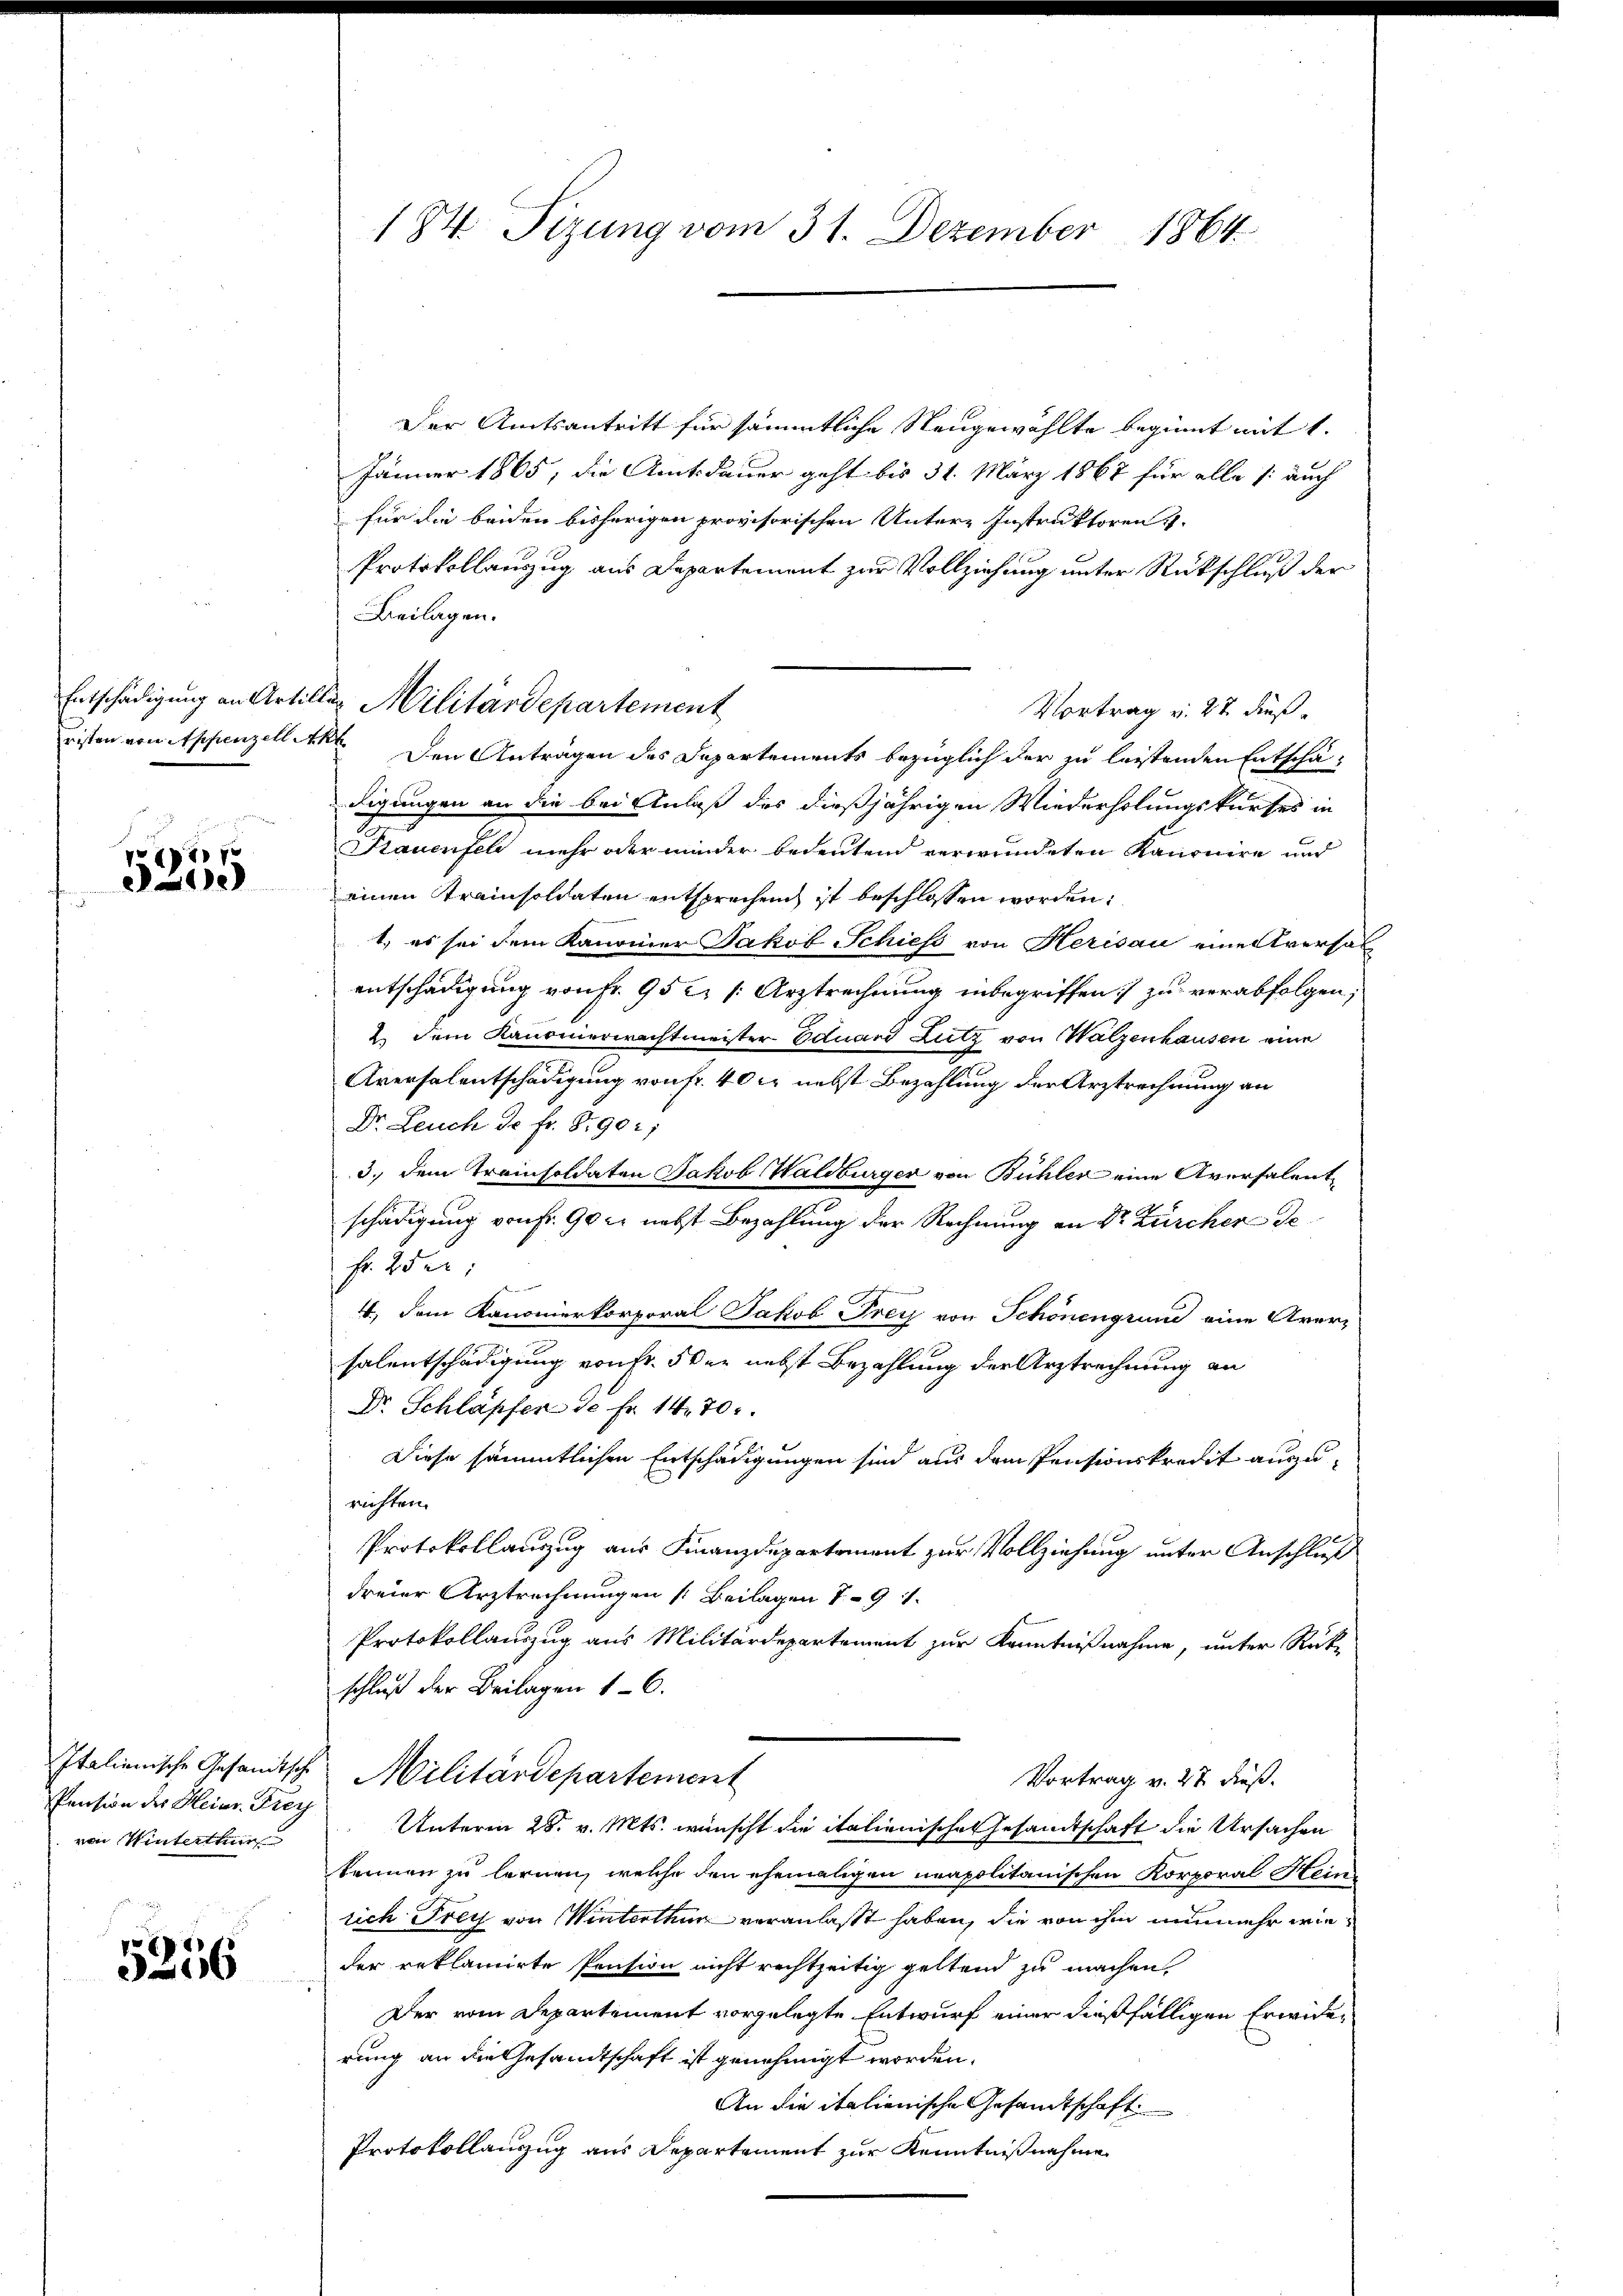
risten von Appenzell Akt

1771 7
2112)

Pension der Heinr. Frey
von Winterthur

5256

Der Amtsantritt für sämmtliche Neugewählte beginnt mit 1.
Jänner 1865, die Amtsdauer geht bis 31. März 1867 für alle /: auch
für die beiden bisherigen provisorischen Untere Instruktoren
Protokollauszug aus Departement zur Vollziehung unter Rückschluß der
Beilagen.
Vortrag v. 27 dieß
Den Anträgen des Departements bezüglich der zu leistenden Entschä-
digungen an die bei Anlaß des dießjährigen Wiederholungskurses in
Stauenfel mehr oder minder bedeutend verwendeten Kanonire und
einen Krainsoldaten entsprechen ist beschlossen worden:
t, es sei dem Kanonier Jakob Schiess von Herisau eine versal
entschädigung von fr. 95 c. s. Arztrechnung inbegriffen:/ zu verabfolgen;
2. Dem Kanonerwachtmeister Eduard Lutz von Walzenhausen eine
Aversalentschädigung von fr. 40 kr nebst Bezahlung der Arztrechnung an
Dr. Leuch de fr. 890;
3.) Dem Trainsoldaten Jakob Halsburger von Bühler eine Aversalentschädigung von fr. 90 xr nebst Bezahlung der Rechnung an Dr. Zürcher de
Fr. 25 e
4., dem Kanonierkorporal Jakob Frey von Schönengrund eine Aversalentschädigung von Fr. 5 der nebst Bezahlung der Arztrechnung an
Dr. Schläpfer 50 Fr. 14. 70.
Diese sämmtlichen Entschädigungen sind aus dem Pensionskredit auszurichten.
Protokollanzug aus Finanzdepartement zur Vollziehung unter Anschluß
dreier Arztrechnungen [Beilagen 19.
Protokollauszug aus Militärdepartement zur Kenntnißnahme, unter Rück-
schluß der Beilagen 16.
Italienische Gesandtsche Militärdepartement
Vortrag v. 27. dieß.
Unterm 28. v. Mts. wünscht die italienische Gesandtschaft die Ursachen
kennen zu lernen, welche den ehemaligen neapolitanischen Korporal Hein
rich Frey von Winterthun veranlasst haben, die von ihm nunmehr wieder reklamirte Pension nicht rechtzeitig geltend zu machen.
Der vom Departement vorgelegte Entwurf einer dießfälligen Erwider
rung an die Gesandtschaft ist genehmigt worden.
An die italienische Gesandtschaft
Protokollanzug aus Departement zur Kenntnißnahme

184 Sizung vom 31. Dezember 1864.

Entschädigung an Artiller Militärdepartement